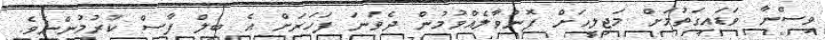
ވިސްނާ ވަޑައިގަތުމަށް މަޖިލީހަށް ފޮނުވާލެއްވުމުން ދެވަނަ ފަހަރަށް އެ ބިލް ފާސް ކުރުމުންނެވެ.